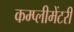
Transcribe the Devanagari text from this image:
कम्प्लीमेंटरी